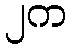
၂က